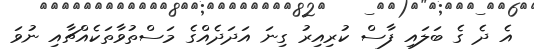
އެ ދެ ގެ ބަލައި ފާސް ކުރިއިރު ގިނަ އަދަދެއްގެ މަސްތުވާތަކެއްޗާއި ނުވަ